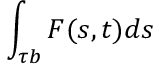
\int _ { \tau b } { F ( s , t ) d s }